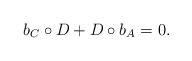
LaTeX: \begin{align*}b_C\circ D+D\circ b_A=0.\end{align*}